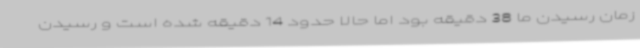
زمان رسیدن ما 38 دقیقه بود اما حالا حدود 14 دقیقه شده است و رسیدن